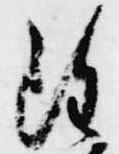
雖